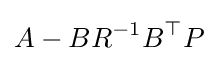
A-BR^{-1}B^{\top }P